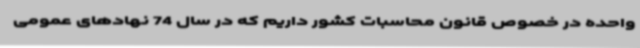
واحده در خصوص قانون محاسبات کشور داریم که در سال 74 نهادهای عمومی